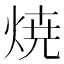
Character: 焼